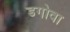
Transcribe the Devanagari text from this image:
डगोवा